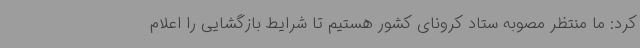
کرد: ما منتظر مصوبه ستاد کرونای کشور هستیم تا شرایط بازگشایی را اعلام